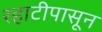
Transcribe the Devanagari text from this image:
रहाटीपासून